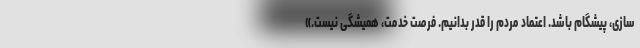
سازی، پیشگام باشد. اعتماد مردم را قدر بدانیم. فرصت خدمت، همیشگی نیست.»